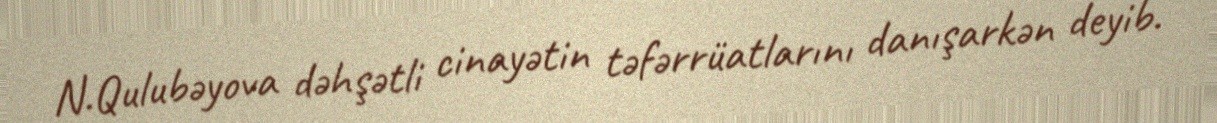
N.Qulubəyova dəhşətli cinayətin təfərrüatlarını danışarkən deyib.